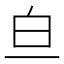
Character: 𬐃